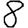
Digit: 8